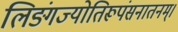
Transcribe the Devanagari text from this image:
लिङ्गंज्योतिरूपंसनातनम्।